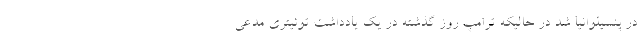
در پنسیلوانیا شد در حالیکه ترامپ روز گذشته در یک یادداشت توئیتری مدعی